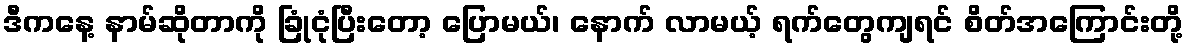
ဒီကနေ့ နာမ်ဆိုတာကို ခြုံငုံပြီးတော့ ပြောမယ်၊ နောက် လာမယ့် ရက်တွေကျရင် စိတ်အကြောင်းတို့